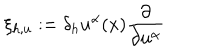
\xi _ { h , u } : = \delta _ { h } u ^ { \alpha } ( x ) \frac { \partial } { \partial u ^ { \alpha } }